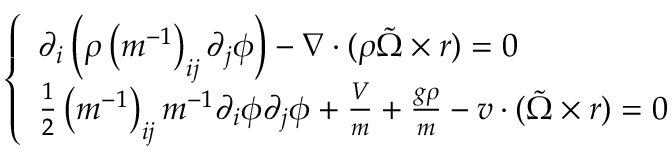
\left\{ \begin{array} { l } { \partial _ { i } \left( \rho \left( m ^ { - 1 } \right) _ { i j } \partial _ { j } \phi \right) - \nabla \cdot ( \rho \tilde { \Omega } \times r ) = 0 } \\ { \frac { 1 } { 2 } \left( m ^ { - 1 } \right) _ { i j } m ^ { - 1 } \partial _ { i } \phi \partial _ { j } \phi + \frac { V } { m } + \frac { g \rho } { m } - v \cdot ( \tilde { \Omega } \times r ) = 0 } \end{array} \right.